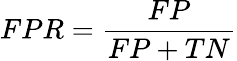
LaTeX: FPR=\frac{FP}{FP+TN}